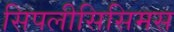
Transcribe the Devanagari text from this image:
सिपलीसिसिमस